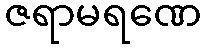
ဇရာမရဏေ